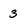
Character: 3